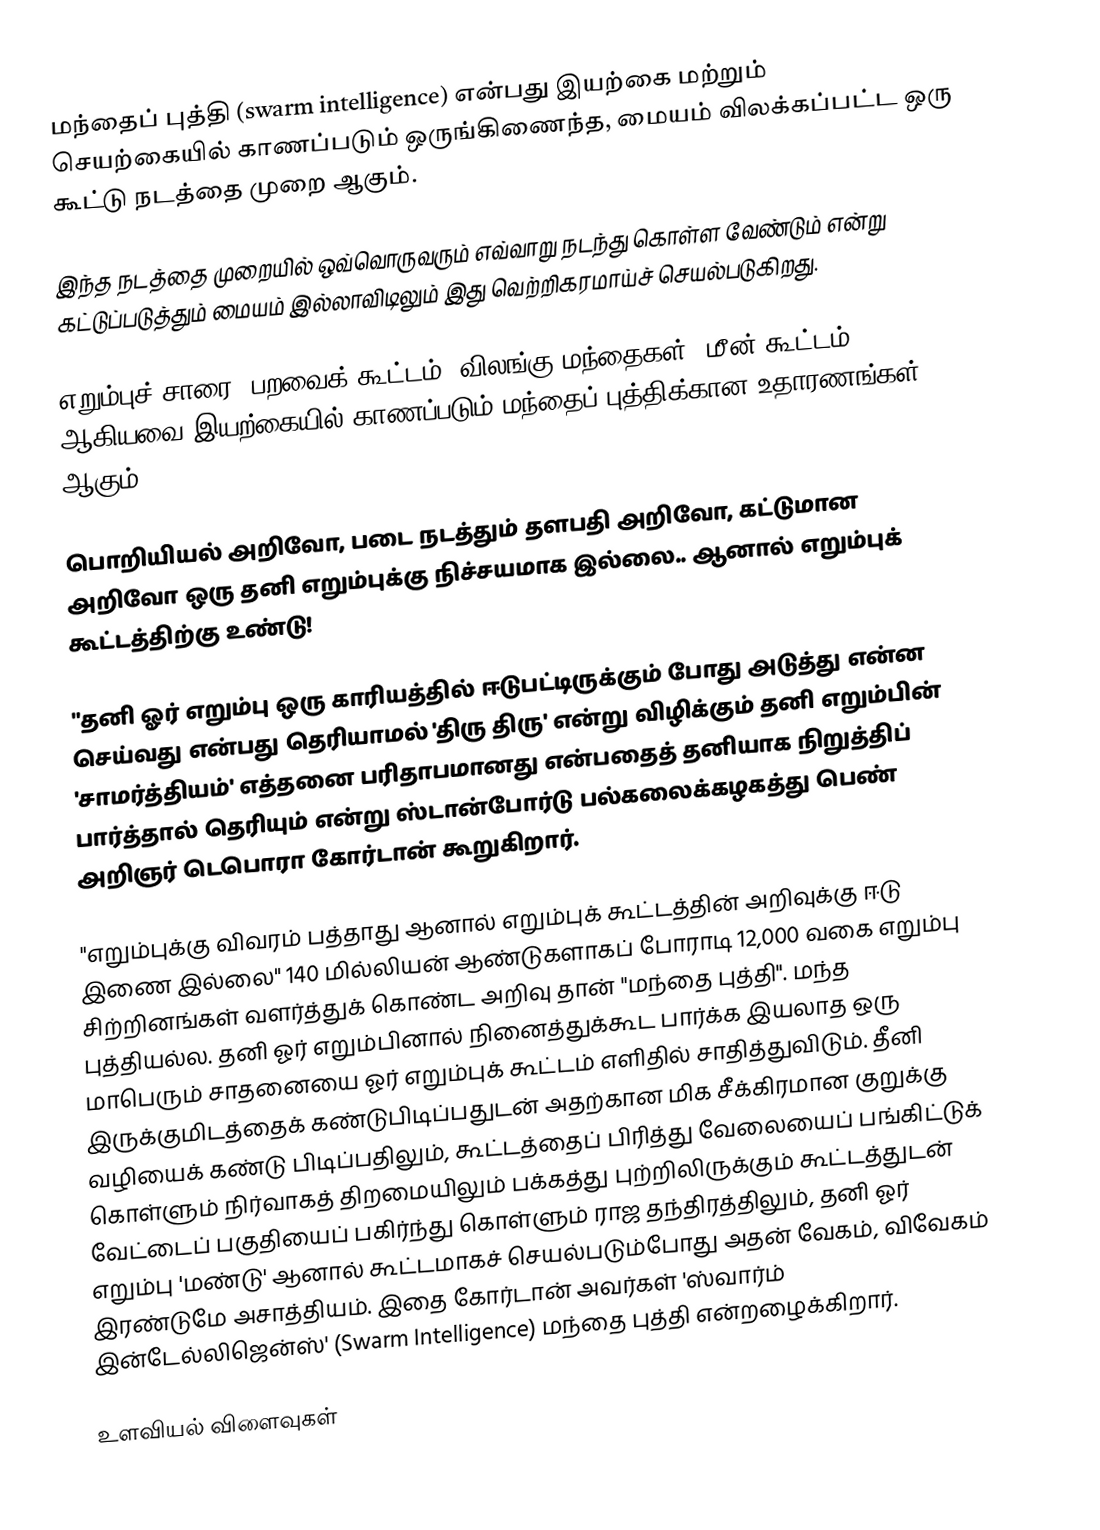
மந்தைப் புத்தி (swarm intelligence) என்பது இயற்கை மற்றும் செயற்கையில் காணப்படும் ஒருங்கிணைந்த, மையம் விலக்கப்பட்ட ஒரு கூட்டு நடத்தை முறை ஆகும்.

இந்த நடத்தை முறையில் ஒவ்வொருவரும் எவ்வாறு நடந்து கொள்ள வேண்டும் என்று கட்டுப்படுத்தும் மையம் இல்லாவிடிலும் இது வெற்றிகரமாய்ச் செயல்படுகிறது.

எறும்புச் சாரை, பறவைக் கூட்டம், விலங்கு மந்தைகள், மீன் கூட்டம் ஆகியவை இயற்கையில் காணப்படும் மந்தைப் புத்திக்கான உதாரணங்கள் ஆகும்.

பொறியியல் அறிவோ, படை நடத்தும் தளபதி அறிவோ, கட்டுமான அறிவோ ஒரு தனி எறும்புக்கு நிச்சயமாக இல்லை.. ஆனால் எறும்புக் கூட்டத்திற்கு உண்டு!

"தனி ஓர் எறும்பு ஒரு காரியத்தில் ஈடுபட்டிருக்கும் போது அடுத்து என்ன செய்வது என்பது தெரியாமல் 'திரு திரு' என்று விழிக்கும் தனி எறும்பின் 'சாமர்த்தியம்' எத்தனை பரிதாபமானது என்பதைத் தனியாக நிறுத்திப் பார்த்தால் தெரியும் என்று ஸ்டான்போர்டு பல்கலைக்கழகத்து பெண் அறிஞர் டெபொரா கோர்டான் கூறுகிறார்.

"எறும்புக்கு விவரம் பத்தாது ஆனால் எறும்புக் கூட்டத்தின் அறிவுக்கு ஈடு இணை இல்லை" 140 மில்லியன் ஆண்டுகளாகப் போராடி 12,000 வகை எறும்பு சிற்றினங்கள் வளர்த்துக் கொண்ட அறிவு தான் "மந்தை புத்தி". மந்த புத்தியல்ல. தனி ஓர் எறும்பினால் நினைத்துக்கூட பார்க்க இயலாத ஒரு மாபெரும் சாதனையை ஓர் எறும்புக் கூட்டம் எளிதில் சாதித்துவிடும். தீனி இருக்குமிடத்தைக் கண்டுபிடிப்பதுடன் அதற்கான மிக சீக்கிரமான குறுக்கு வழியைக் கண்டு பிடிப்பதிலும், கூட்டத்தைப் பிரித்து வேலையைப் பங்கிட்டுக் கொள்ளும் நிர்வாகத் திறமையிலும் பக்கத்து புற்றிலிருக்கும் கூட்டத்துடன் வேட்டைப் பகுதியைப் பகிர்ந்து கொள்ளும் ராஜ தந்திரத்திலும், தனி ஓர் எறும்பு 'மண்டு' ஆனால் கூட்டமாகச் செயல்படும்போது அதன் வேகம், விவேகம் இரண்டுமே அசாத்தியம். இதை கோர்டான் அவர்கள் 'ஸ்வார்ம் இன்டேல்லிஜென்ஸ்' (Swarm Intelligence) மந்தை புத்தி என்றழைக்கிறார்.

உளவியல் விளைவுகள்